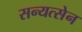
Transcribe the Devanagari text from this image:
सन्यत्सेन